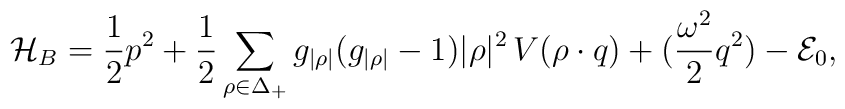
{\cal H}_B = {1\over 2} p^{2} + {1\over2}\sum_{\rho\in\Delta_+}   g_{|\rho|}(g_{|\rho|}-1) |\rho|^{2}   \,V(\rho\cdot q)+({\omega^2\over2}q^2)-{\cal E}_0,